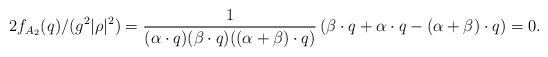
\begin{align*}2f_{A_{2}}(q)/(g^2|\rho|^2)={1\over{(\alpha\cdot q) (\beta\cdot q)((\alpha+\beta)\cdot q)}} \left(\beta\cdot q +\alpha\cdot q-(\alpha+\beta)\cdot q\right)=0.\end{align*}